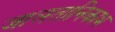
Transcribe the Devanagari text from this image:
जालतानिकाभ